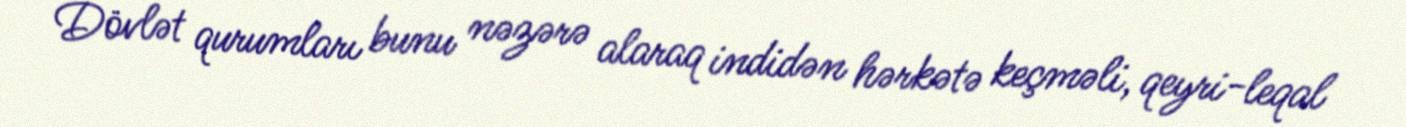
Dövlət qurumları bunu nəzərə alaraq indidən hərkətə keçməli, qeyri-leqal